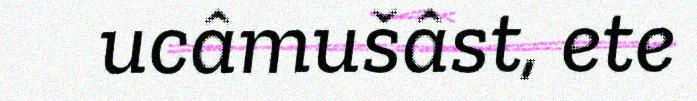
ucâmušâst, ete